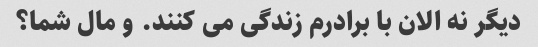
دیگر نه الان با برادرم زندگی می کنند. و مال شما؟